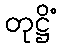
တုဋ္ဌိံ